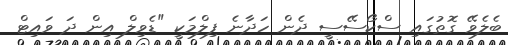
ބެލެވޭ ގޮތުގައި ސްކޯސޭސީ ދެން ހަދާނެ ފިލްމަކީ "ޑެވިލް އިން ދަ ވައިޓް